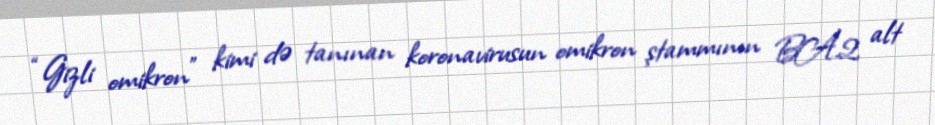
“Gizli omikron” kimi də tanınan koronavirusun omikron ştammının BA.2 alt